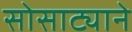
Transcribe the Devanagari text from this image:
सोसाट्याने